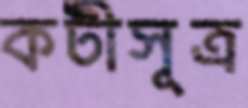
কটীসূত্র